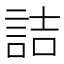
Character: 詰